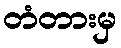
တံတားမှ